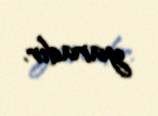
yaradır.